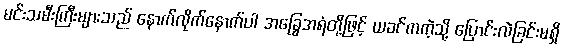
မင်းသမီးကြီးများသည် နောက်လိုက်နောက်ပါ အခြွေအရံတို့ဖြင့် ယခင်ကကဲ့သို့ ပြောင်းလဲခြင်းမရှိ